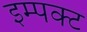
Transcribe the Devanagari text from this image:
इम्पक्ट